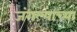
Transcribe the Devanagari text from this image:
जंगल्याच्या